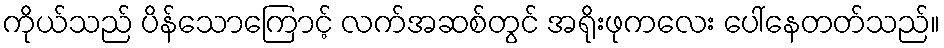
ကိုယ်သည် ပိန်သောကြောင့် လက်အဆစ်တွင် အရိုးဖုကလေး ပေါ်နေတတ်သည်။